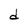
Character: d